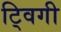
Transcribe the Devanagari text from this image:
ट्विगी